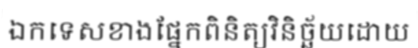
ឯកទេសខាងផ្នែកពិនិត្យវិនិច្ឆ័យដោយ